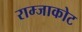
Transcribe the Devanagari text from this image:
राम्जाकोट